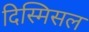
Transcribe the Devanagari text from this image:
दिस्मिसल